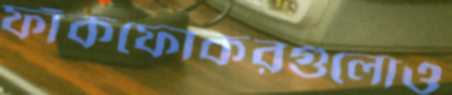
ফাঁকফোকরগুলোও